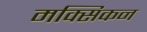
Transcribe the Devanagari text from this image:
मक्सिकन